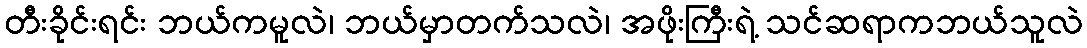
တီးခိုင်းရင်း ဘယ်ကမူလဲ၊ ဘယ်မှာတက်သလဲ၊ အဖိုးကြီးရဲ့ သင်ဆရာကဘယ်သူလဲ